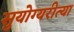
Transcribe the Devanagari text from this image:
सुयोग्यरीत्या